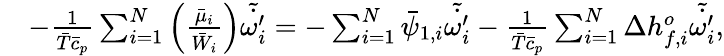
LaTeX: \begin{array}{rl}&{-\frac{1}{\bar{T}\bar{c}_{p}}\sum_{i=1}^{N}\left(\frac{\bar{\mu}_{i}}{\bar{W}_{i}}\right)\tilde{\dot{\omega_{i}^{\prime}}}=-\sum_{i=1}^{N}\bar{\psi}_{1,i}\tilde{\dot{\omega_{i}^{\prime}}}-\frac{1}{\bar{T}\bar{c}_{p}}\sum_{i=1}^{N}\Delta h_{f,i}^{o}\tilde{\dot{\omega_{i}^{\prime}}},}\end{array}